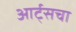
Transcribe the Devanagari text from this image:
आर्ट्सचा